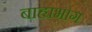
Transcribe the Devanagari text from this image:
बाह्यभाग